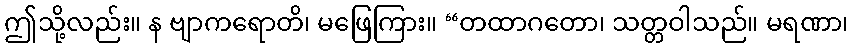
ဤသို့လည်း။ န ဗျာကရောတိ၊ မဖြေကြား။ “တထာဂတော၊ သတ္တဝါသည်။ မရဏာ၊